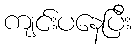
ကျင်းပနေပြီး